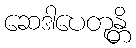
ဆေဒါပေတုန္တိ